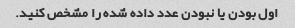
اول بودن یا نبودن عدد داده شده را مشخص کنید.